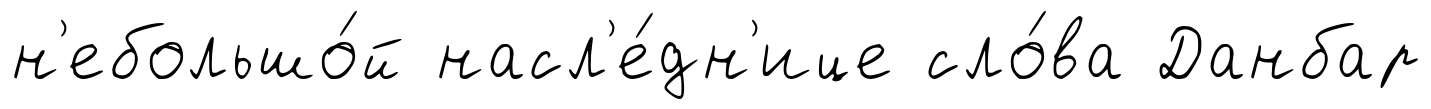
н'ебольшо́й насл'е́дн'ице сло́ва Данбар